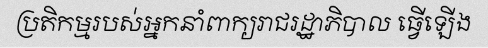
ប្រតិកម្មរបស់អ្នកនាំពាក្យរាជរដ្ឋាភិបាល ធ្វើឡើង